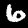
Label: 6